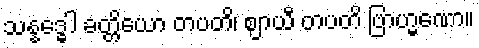
သန္နဒ္ဓေါ ခတ္တိယော တပတိ၊ ဈာယီ တပတိ ဗြာဟ္မဏော။